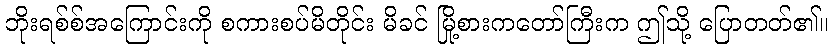
ဘိုးရစ်စ်အကြောင်းကို စကားစပ်မိတိုင်း မိခင် မြို့စားကတော်ကြီးက ဤသို့ ပြောတတ်၏။